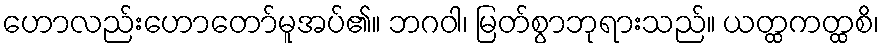
ဟောလည်းဟောတော်မူအပ်၏။ ဘဂဝါ၊ မြတ်စွာဘုရားသည်။ ယတ္ထကတ္ထစိ၊